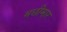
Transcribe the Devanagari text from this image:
मछीमार